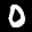
Label: 0